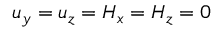
u _ { y } = u _ { z } = H _ { x } = H _ { z } = 0